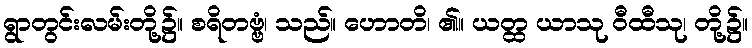
ရွာတွင်းလမ်းတို့၌။ စရိတဗ္ဗံ၊ သည်။ ဟောတိ၊ ၏။ ယတ္ထ ယာသု ဝီထီသု၊ တို့၌။